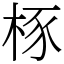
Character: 㭬